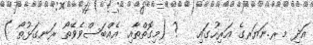
އަދި މރ.ނަޔަރގެ އަރިހުގައި   ? (މިގޮތްތާއި އެއްބަސްވެވޭތޯ ރަނގަޅުތޯ )